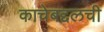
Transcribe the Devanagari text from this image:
काचेबद्दलची